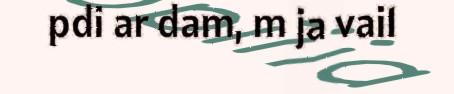
pdi ar dam, m ja vai1